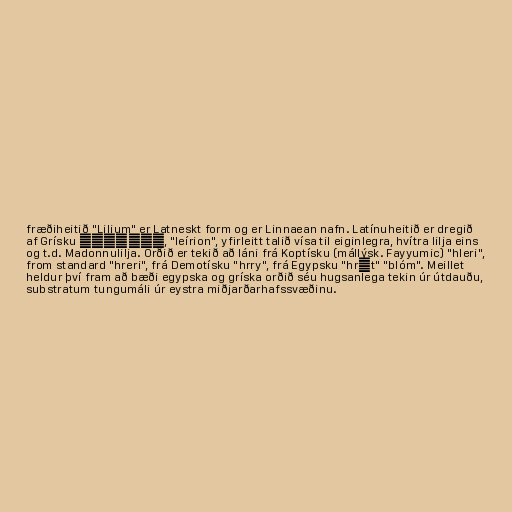
fræðiheitið "Lilium" er Latneskt form og er Linnaean nafn. Latínuheitið er dregið
af Grísku λείριον, "leírion", yfirleitt talið vísa til eiginlegra, hvítra lilja eins
og t.d. Madonnulilja. Orðið er tekið að láni frá Koptísku (mállýsk. Fayyumic) "hleri",
from standard "hreri", frá Demotísku "hrry", frá Egypsku "hrṛt" "blóm". Meillet
heldur því fram að bæði egypska og gríska orðið séu hugsanlega tekin úr útdauðu,
substratum tungumáli úr eystra miðjarðarhafssvæðinu.